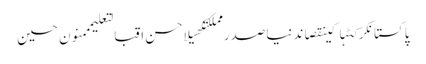
پاکستانکرکٹہاکینقصاندنیاصدر مملکتکھیلاحسن اقبالتعلیمممنون حسین